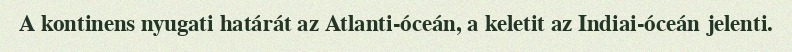
A kontinens nyugati határát az Atlanti-óceán, a keletit az Indiai-óceán jelenti.